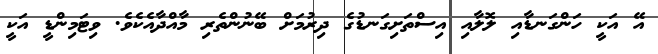
އޭ އަކީ ހަންގަނޑާއި ލޮލާއި އިސްތަށިގަނޑުގެ ދިރުމަށް ބޭނުންތެރި މާއްދާއެކެވެ. ވިޓަމިންޑީ އަކީ